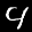
Label: 4